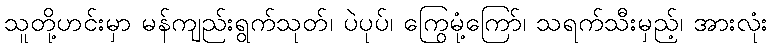
သူတို့ဟင်းမှာ မန်ကျည်းရွက်သုတ်၊ ပဲပုပ်၊ ကြွေမုံ့ကြော်၊ သရက်သီးမှည့်၊ အားလုံး